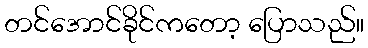
တင်အောင်ခိုင်ကတော့ ပြောသည်။